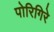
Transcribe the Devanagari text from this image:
पोरिगिरे